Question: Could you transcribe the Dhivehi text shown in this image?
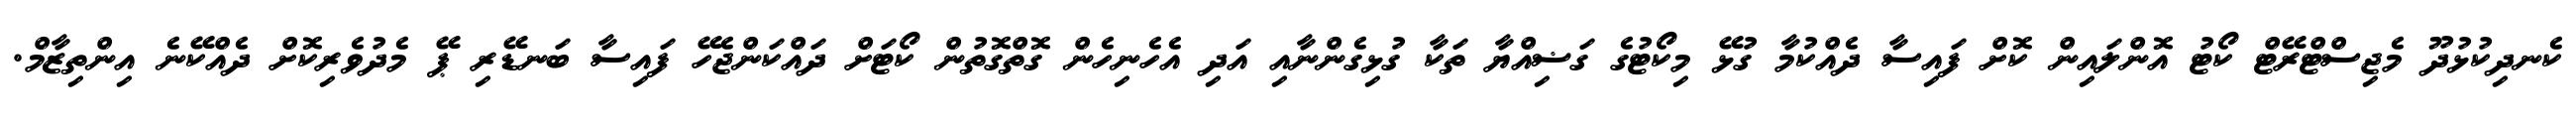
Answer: ކެނދިކުޅުދޫ މެޖިސްޓްރޭޓް ކޯޓު އޮންލައިން ކޮށް ފައިސާ ދެއްކުމާ ގުޅޭ މިކޯޓުގެ ގަޟިއްޔާ ތަކާ ގުޅިގެންނާއި އަދި އެހެނިހެން ގޮތްގޮތުން ކޯޓަށް ދައްކަންޖެހޭ ފައިސާ ބަނޑޭރި ޕޭ މެދުވެރިކޮށް ދެއްކޭނެ އިންތިޒާމް.